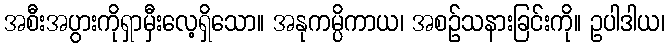
အစီးအပွားကိုရှာမှီးလေ့ရှိသော။ အနုကမ္ပိကာယ၊ အစဉ်သနားခြင်းကို။ ဥပါဒါယ၊